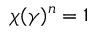
\chi ( \gamma ) ^ { n } = 1